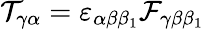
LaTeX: \mathcal{T}_{\gamma\alpha}=\varepsilon_{\alpha\beta\beta_{1}}\mathcal{F}_{\gamma\beta\beta_{1}}